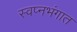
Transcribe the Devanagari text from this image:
स्वप्नभंगात